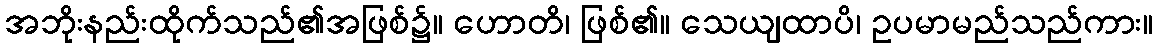
အဘိုးနည်းထိုက်သည်၏အဖြစ်၌။ ဟောတိ၊ ဖြစ်၏။ သေယျထာပိ၊ ဥပမာမည်သည်ကား။